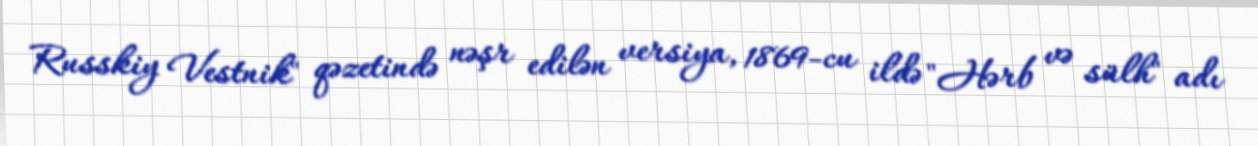
Russkiy Vestnik" qəzetində nəşr edilən versiya, 1869-cu ildə "Hərb və sülh" adı